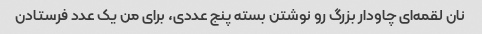
نان لقمه‌ای چاودار بزرگ رو نوشتن بسته پنج عددی، برای من یک عدد فرستادن